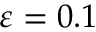
\varepsilon = 0 . 1